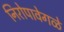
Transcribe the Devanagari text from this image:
निरोपावेगळे